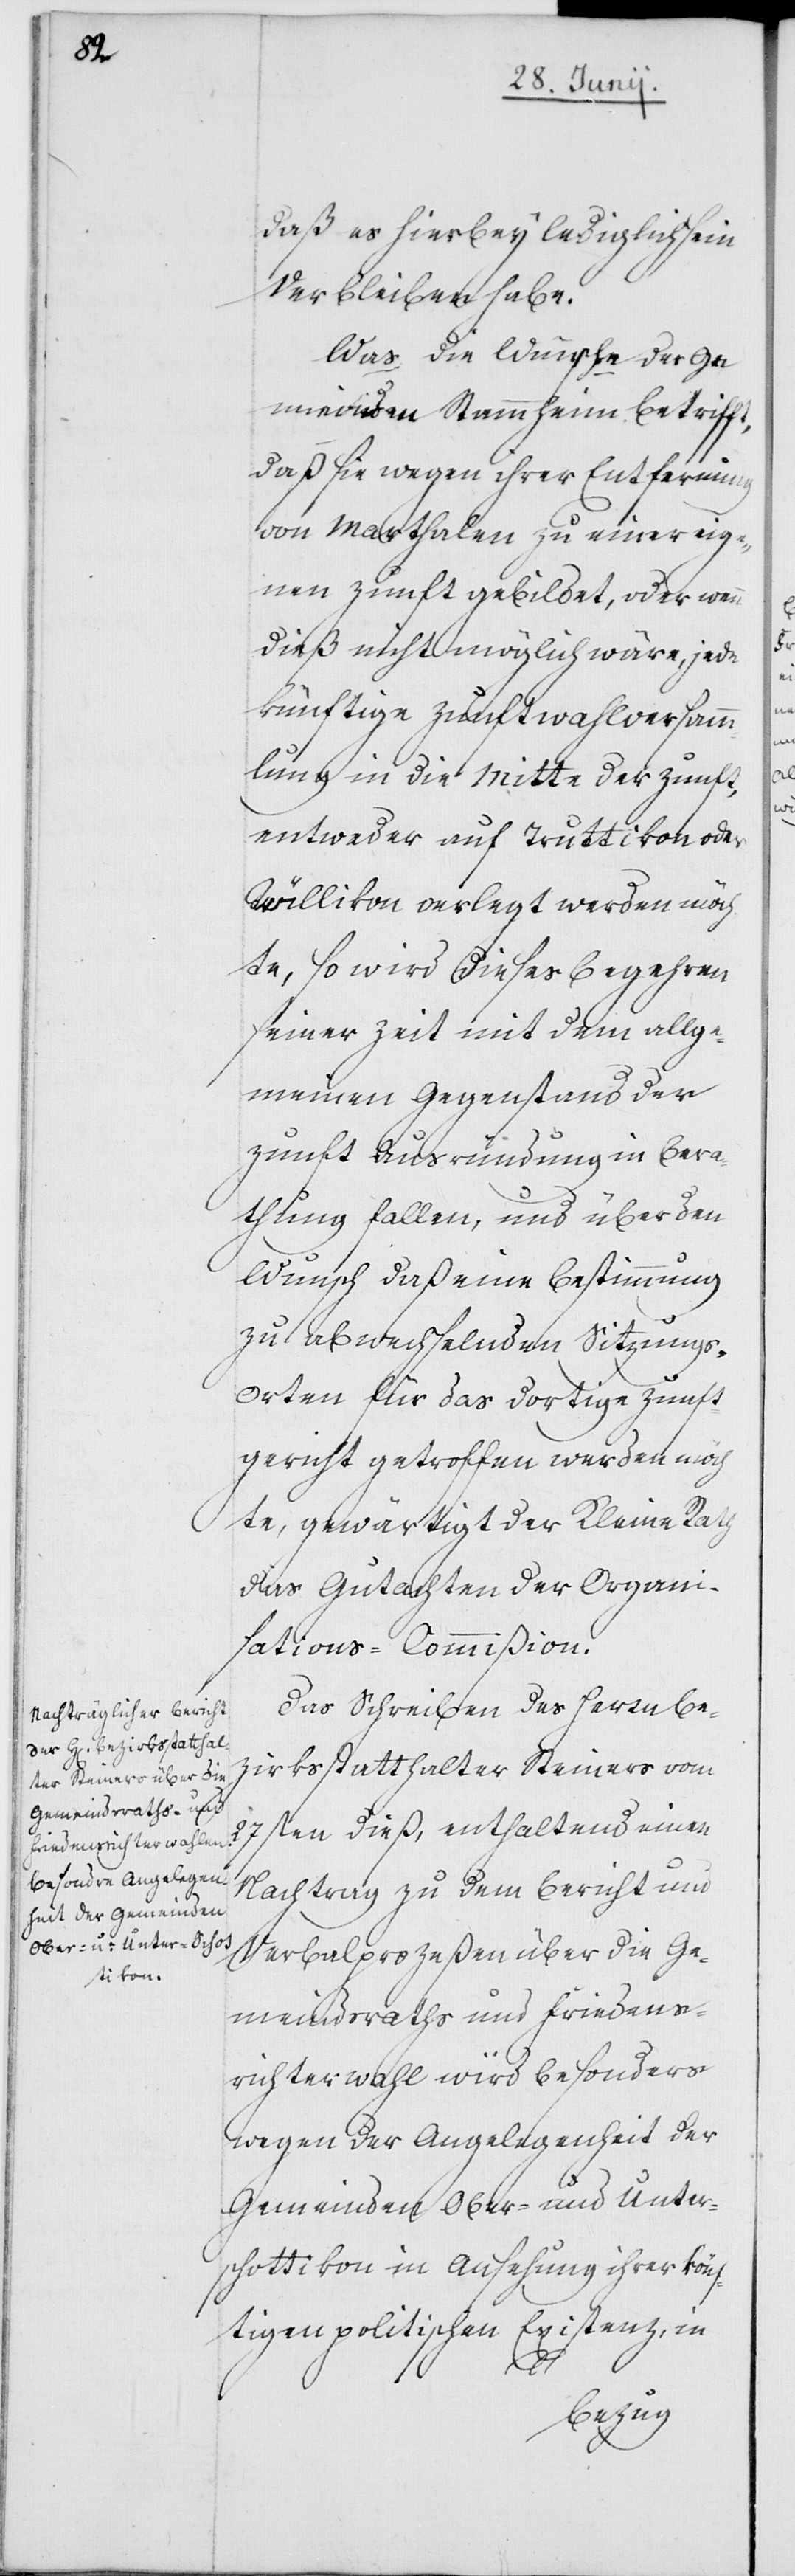
daß es hierbey lediglich sein
Verbleiben habe.
Was die Wünsche der Ge¬
meinden Stammheim betrifft,
daß sie wegen ihrer Entfernung
von Marthalen zu einer eige¬
nen Zunft gebildet, oder wenn
dieß nicht möglich wäre, jede
künftige Zunftwahlversamm¬
lung in die Mitte der Zunft,
entweder auf Truttikon oder
Trüllikon verlegt werden möch¬
te, so wird dieses Begehren
seiner Zeit mit dem allge¬
meinen Gegenstand der
Zunft Ausrundung in Bera¬
thung fallen, und über den
Wunsch, daß eine Bestimmung
zu abwechselnden Sizung¬
s-Orten für das dortige Zunft¬
gericht getroffen werden möch¬
te, gewärtigt der Kleine Rath
das Gutachten der Organi¬
sations-Commißion.
Das Schreiben des Herrn Be¬
zirksstatthalter Steiners vom
27sten dieß, enthaltend einen
Nachtrag zu dem Bericht und
Verbalprozeßen über die Ge¬
meindsraths und Friedens¬
richterwahl wird besonders
wegen der Angelegenheit der
Gemeinden Ober- und Unter¬
schottikon in Ansehung ihrer könf¬
tigen politischen Existenz in